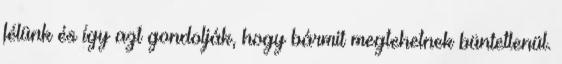
félünk és így azt gondolják, hogy bármit megtehetnek büntetlenül.